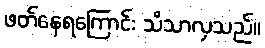
ဖတ်နေရကြောင်း သိသာလှသည်။